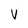
Character: v